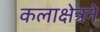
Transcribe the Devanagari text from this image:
कलाक्षेत्रने